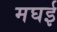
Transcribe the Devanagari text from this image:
मघई